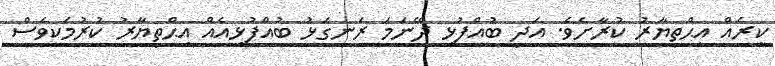
ކިރެއް އިޙްތިޔާރު ކުރާށެވެ. އަދި ބުއްފުޅި ދޭނަމަ ރަނގަޅު ބުއްފުޅިއެއް އިޙްތިޔާރު ކުރުމަކީވެސް